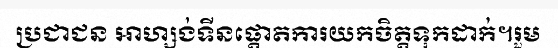
ប្រជាជន អាហ្សង់ទីនផ្តោតការយកចិត្តទុកដាក់។រួម